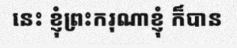
នេះ ខ្ញុំព្រះករុណាខ្ញុំ ក៏បាន